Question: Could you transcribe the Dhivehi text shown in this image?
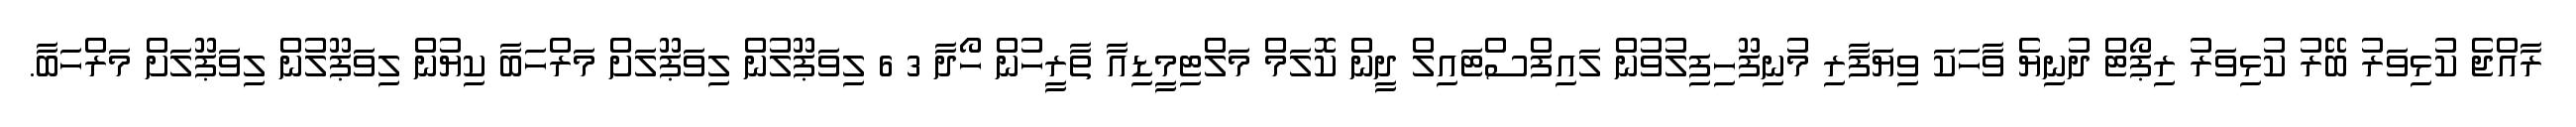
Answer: ރާއްޖެ ކުޅިވަރު ބޭރު ކުޅިވަރު ރިޕޯޓް ދުނިޔެ ވާހަކަ ވިޔަފާރި މުނިފޫހިފިލުވުން ލައިފްސްޓައިލް ދީން ކޮލަމް މަލްޓިމީޑިއާ ތާރީހުން ހޯދާ 3 6 ލިވަޕޫލުން ލިވަޕޫލަށް މަރްހަބާ ކިޔުން ލިވަޕޫލުން ލިވަޕޫލަށް މަރްހަބާ.